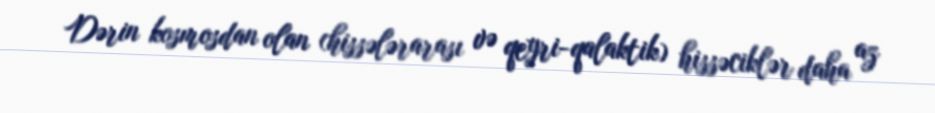
Dərin kosmosdan olan (hissələrarası və qeyri-qalaktik) hissəciklər daha az